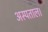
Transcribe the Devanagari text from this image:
अस्पताल।